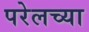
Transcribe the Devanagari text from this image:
परेलच्या